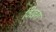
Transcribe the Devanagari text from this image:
विखरा